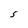
Character: S